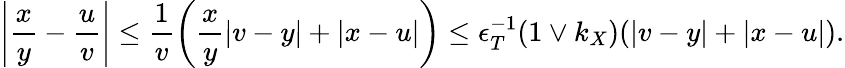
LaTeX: \left\lvert\frac{x}{y}-\frac{u}{v}\right\rvert\leq\frac{1}{v}\left(\frac{x}{y}\lvert v-y\rvert+\lvert x-u\rvert\right)\leq\epsilon_{T}^{-1}(1\vee k_{X})(\lvert v-y\rvert+\lvert x-u\rvert).